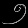
Digit: ၅